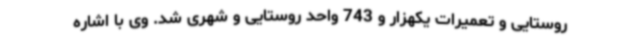
روستایی و تعمیرات یکهزار و 743 واحد روستایی و شهری شد. وی با اشاره